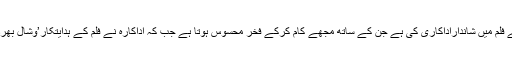
کنگنا رناوت نے کہا کہ دونوں ہی اداکاروں نے فلم میں شانداراداکاری کی ہے جن کے ساتھ مجھے کام کرکے فخر محسوس ہوتا ہے جب کہ اداکارہ نے فلم کے ہدایتکار’وشال بھردواج‘ کی ہدایتکاری بھی خوب تعریف کی ہے۔